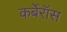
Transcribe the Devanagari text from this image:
कर्बेरॉस